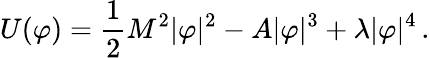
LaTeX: U(\varphi)=\frac{1}{2}M^{2}|\varphi|^{2}-A|\varphi|^{3}+\lambda|\varphi|^{4}\, .